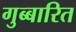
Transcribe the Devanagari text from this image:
गुब्बारित